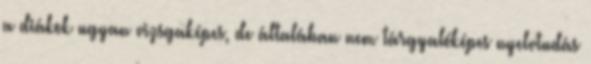
a diákok ugyan vizsgaképes, de általában nem tárgyalóképes nyelvtudás